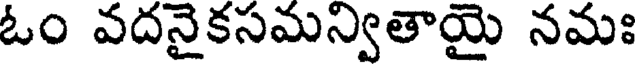
ఓం వదనైకసమన్వితాయై నమః